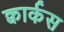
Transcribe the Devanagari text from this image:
क्वार्कस